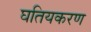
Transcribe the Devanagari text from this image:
घतियकरण